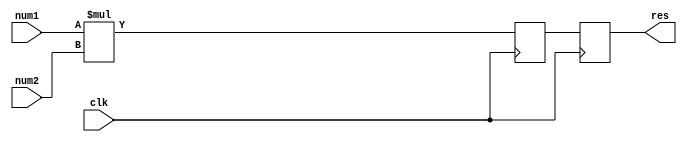
`timescale 1ns/1ns

module mult (
	input clk,    // Clock
	input signed [15 : 0] num1,
	input signed [15 : 0] num2,

	output signed [15 : 0] res	
);

reg signed [15 : 0] mult;
reg signed [15 : 0] tmp;


always @(posedge clk) begin
	tmp <= num1 * num2;
	mult <= tmp;
end

assign res = mult;

endmodule